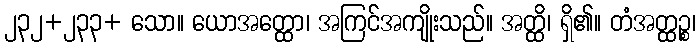
၂၃၂+၂၃၃+ သော။ ယောအတ္ထော၊ အကြင်အကျိုးသည်။ အတ္ထိ၊ ရှိ၏။ တံအတ္ထဉ္စ၊